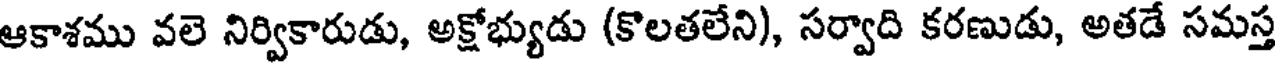
ఆకాశము వలె నిర్వికారుడు, అక్షోభ్యుడు (కొలతలేని), సర్వాది కరణుడు, అతడే సమస్త